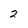
Character: 2